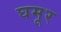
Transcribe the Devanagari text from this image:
घमूर